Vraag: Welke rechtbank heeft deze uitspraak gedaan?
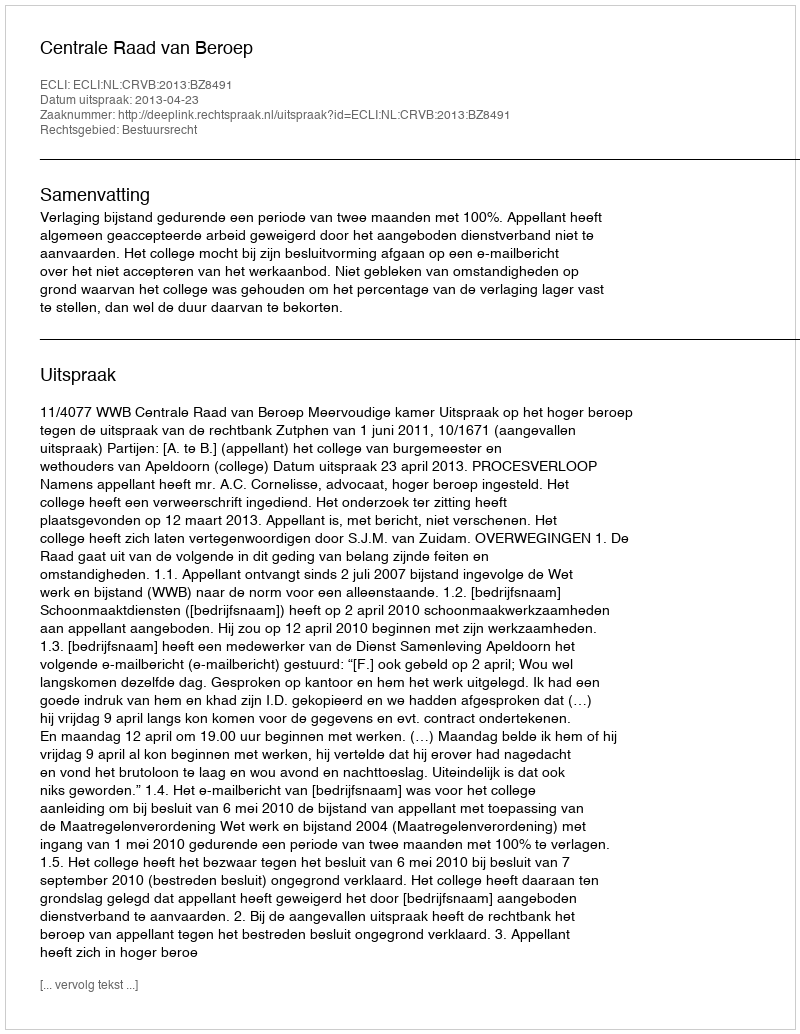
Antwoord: Centrale Raad van Beroep